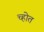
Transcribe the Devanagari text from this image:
च्होत